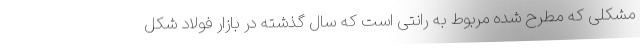
مشکلی که مطرح شده مربوط به رانتی است که سال گذشته در بازار فولاد شکل